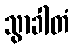
သွာခါတံ